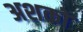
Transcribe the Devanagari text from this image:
अशको